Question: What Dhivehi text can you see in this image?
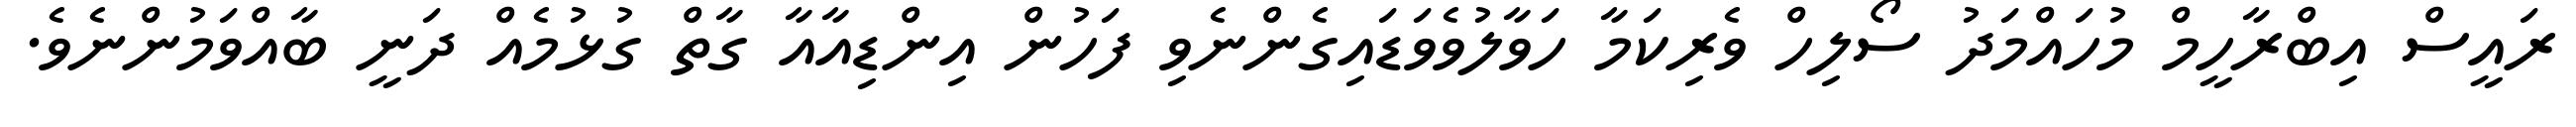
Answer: ރައީސް އިބްރާހީމް މުހައްމަދު ސޯލިހް ވެރިކަމާ ހަވާލުވެވަޑައިގެންނެވި ފަހުން އިންޑިއާއާ ގާތް ގުޅުމެއް ދަނީ ބާއްވަމުންނެވެ.